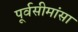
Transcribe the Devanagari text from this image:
पूर्वसीमांसा